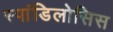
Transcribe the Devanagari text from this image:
स्पांडिलोसिस